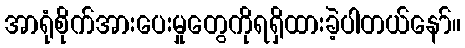
အာရုံစိုက်အားပေးမှုတွေကိုရရှိထားခဲ့ပါတယ်နော်။